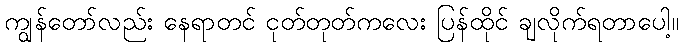
ကျွန်တော်လည်း နေရာတင် ငုတ်တုတ်ကလေး ပြန်ထိုင် ချလိုက်ရတာပေါ့။